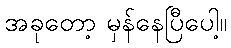
အခုတော့ မှန်နေပြီပေါ့။